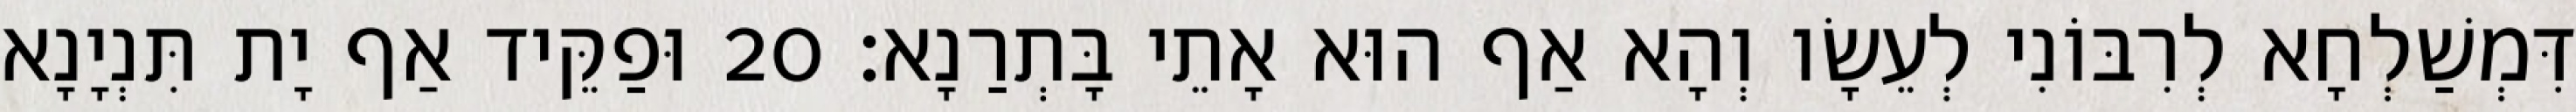
דִּמְשַׁלְחָא לְרִבּוֹנִי לְעֵשָׂו וְהָא אַף הוּא אָתֵי בָּתְרַנָא׃ 20 וּפַקֵּיד אַף יָת תִּנְיָנָא